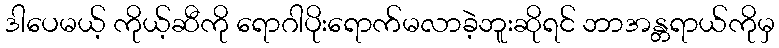
ဒါပေမယ့် ကိုယ့်ဆီကို ရောဂါပိုးရောက်မလာခဲ့ဘူးဆိုရင် ဘာအန္တရာယ်ကိုမှ